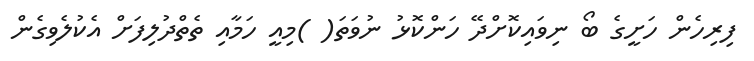
ފިރިހެން ހަށީގެ ބޯ ނިވައިކޮށްދޭ ހަންކޮޅު ނުވަތަ( )މިއީ ހަމާއި ތެތްދުލިފަށް އެކުލެވިގެން